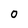
Character: 0